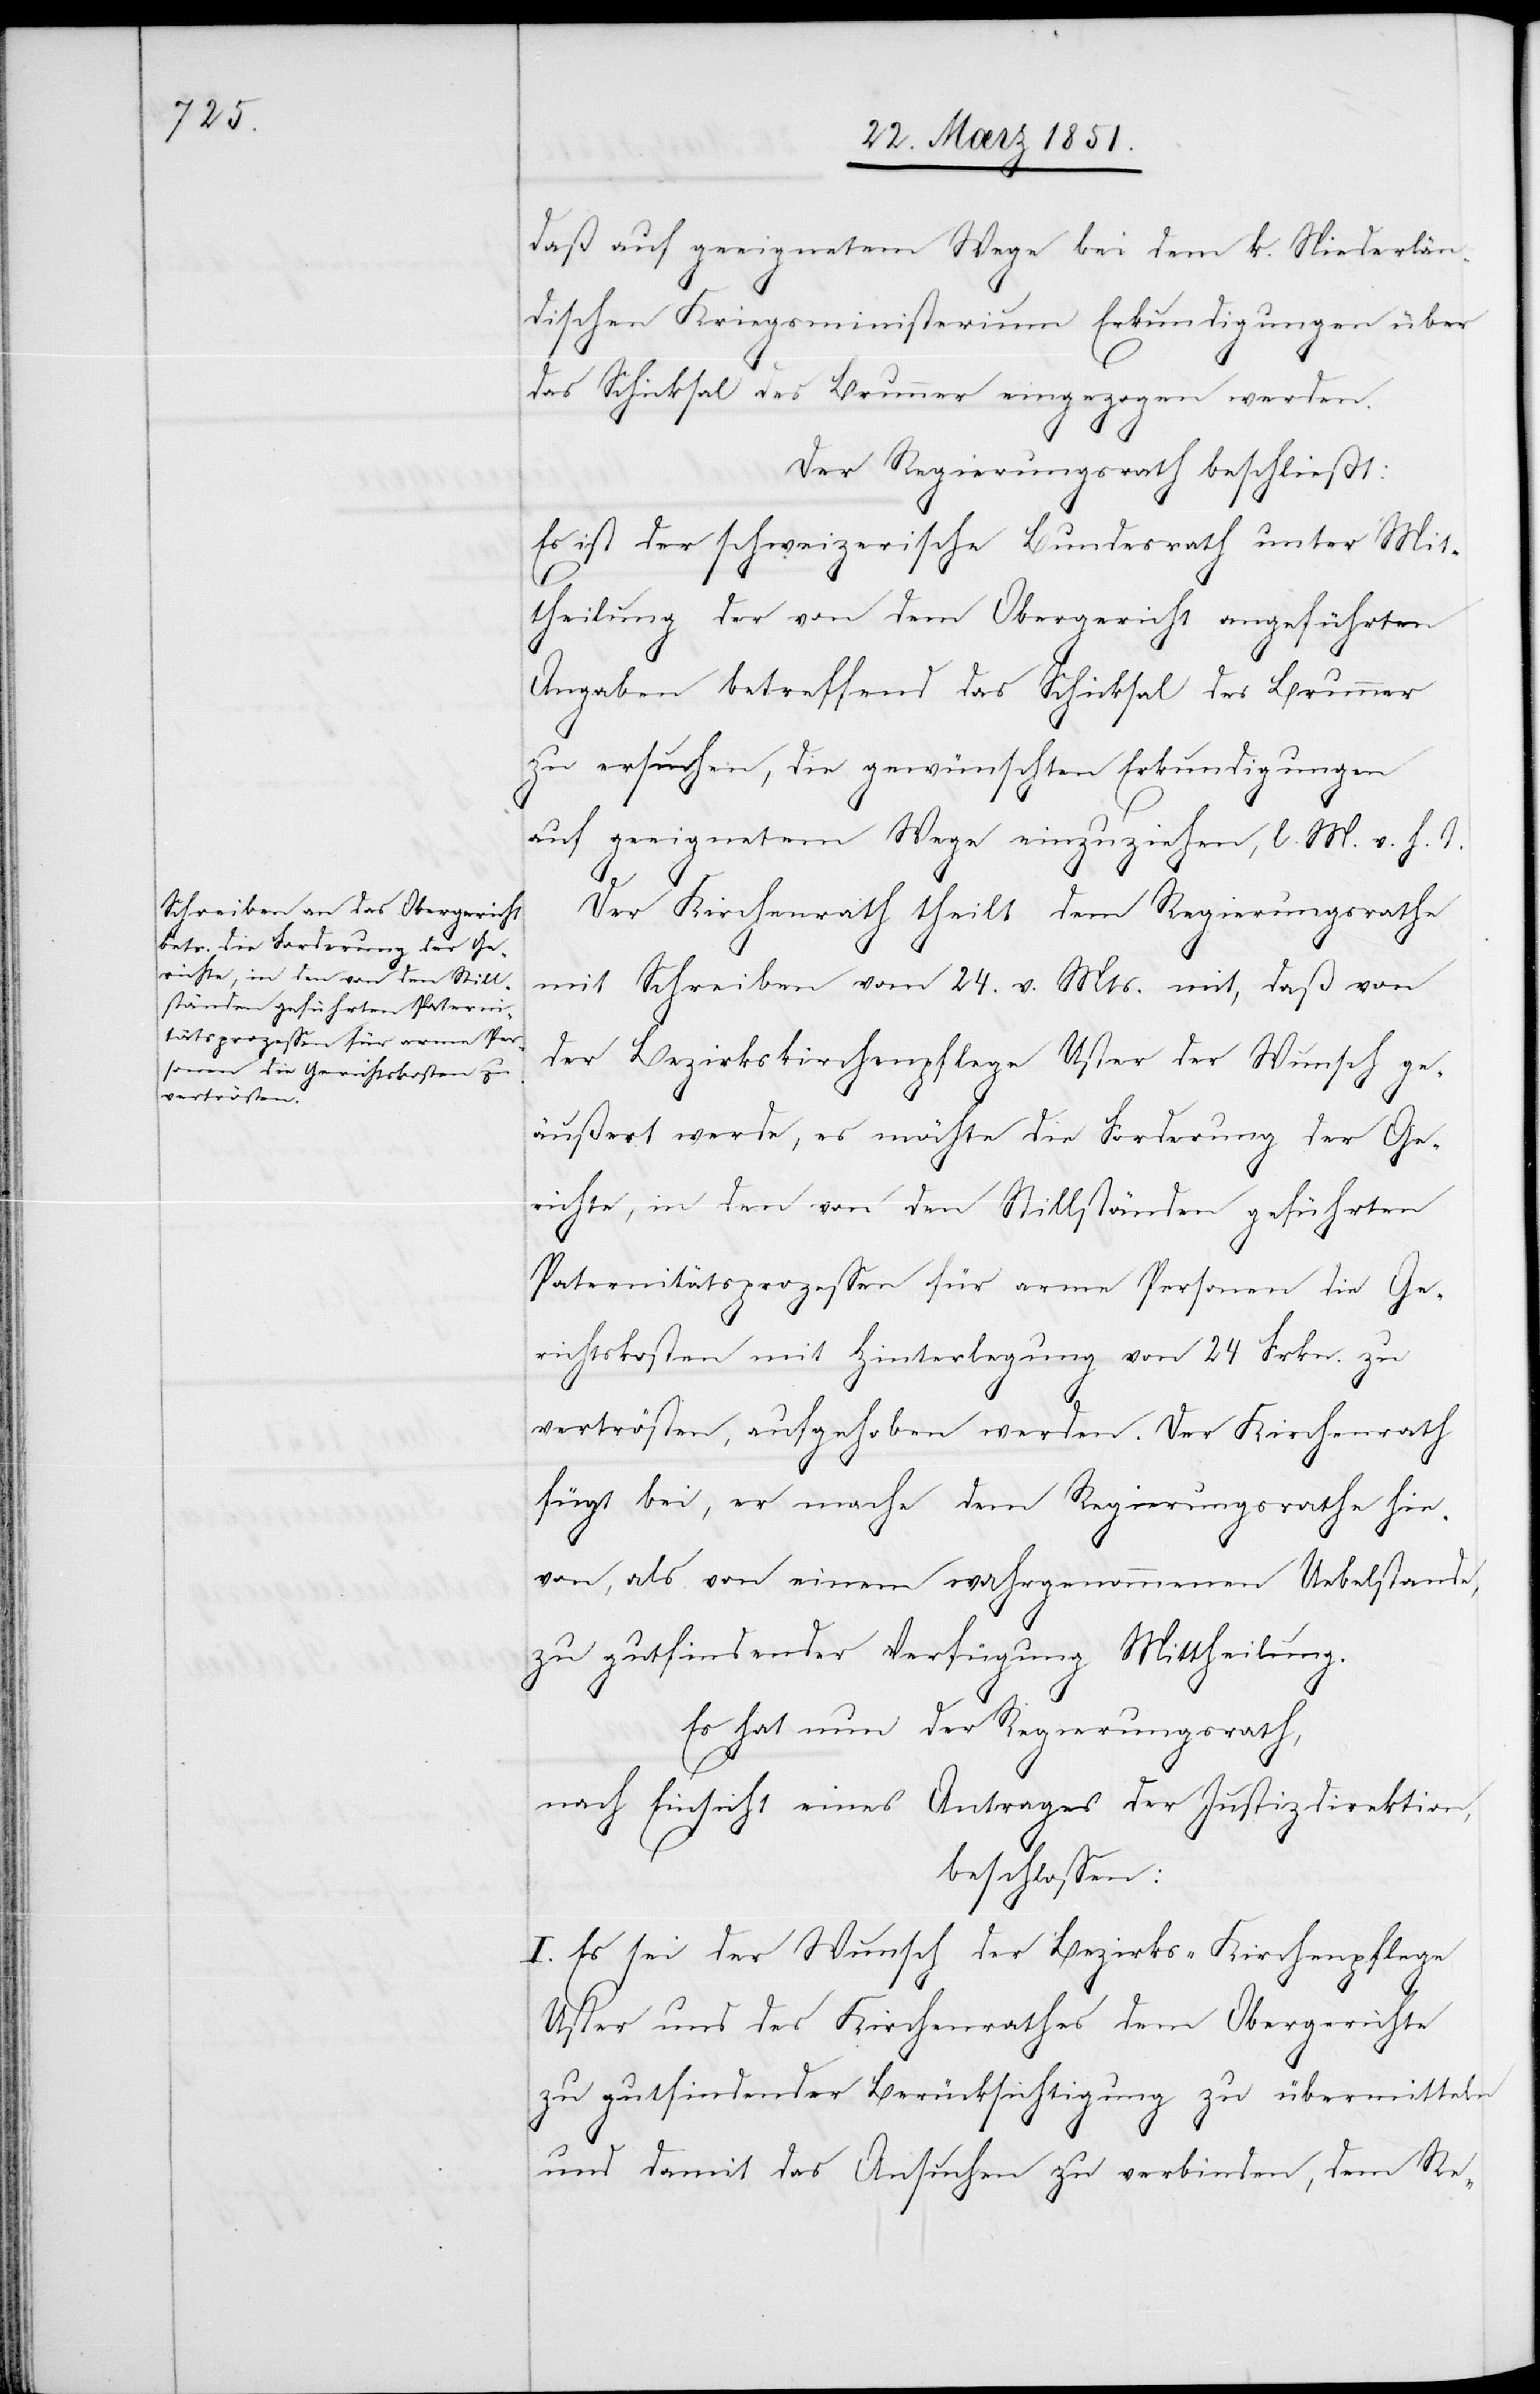
daß auf geeignetem Wege bei dem k. Niederlän¬
dischen Kriegsministerium Erkundigungen über
das Schicksal des Brunner eingezogen werden.
Der Regierungsrath beschließt:
Es ist der schweizerische Bundesrath unter Mit¬
theilung der von dem Obergericht angeführten
Angaben betreffend das Schicksal des Brunner
zu ersuchen, die gewünschten Erkundigungen
auf geeignetem Wege einzuziehen, l. M. v. h.
Der Kirchenrath theilt dem Regierungsrathe
mit Schreiben vom 24. v. Mts. mit, daß von
der Bezirkskirchenpflege Uster der Wunsch ge¬
äußert werde, es möchte die Forderung der Ge¬
richte, in den von den Stillständen geführten
Paternitätsprozessen für arme Personen die Ge¬
richtskosten mit Hinterlegung von 24 Frkn. zu
vertrösten, aufgehoben werden. Der Kirchenrath
fügt bei, er mache dem Regierungsrathe hie¬
von, als von einem wahrgenommenen Uebelstande,
zu gutfindender Verfügung Mittheilung.
Es hat nun der Regierungsrath,
nach Einsicht eines Antrages der Justizdirektion,
beschlossen:
I. Es sei der Wunsch der Bezirks-Kirchenpflege
Uster und des Kirchenrathes dem Obergerichte
zu gutfindender Berücksichtigung zu übermitteln
und damit das Ansuchen zu verbinden, dem Re-